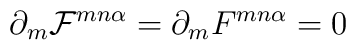
\partial_m{\cal F}^{mn\alpha}=\partial_mF^{mn\alpha}=0